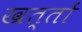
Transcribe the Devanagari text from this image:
खत्तों